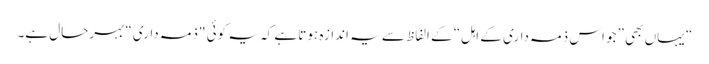
“ یہاں بھی ”جو اس ذمہ داری کے اہل“ کے الفاظ سے یہ اندازہ ہوتا ہے کہ یہ کوئی "ذمہ داری“ بہرحال ہے۔